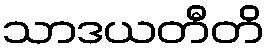
သာဒယတီတိ